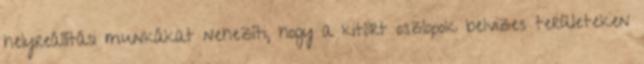
helyreállítási munkákat nehezíti, hogy a kitört oszlopok belvizes területeken